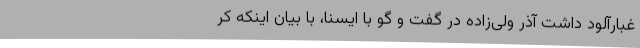
غبارآلود داشت آذر ولی‌زاده در گفت و گو با ایسنا، با بیان اینکه کر